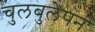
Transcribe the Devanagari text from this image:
चुलबुलेपन